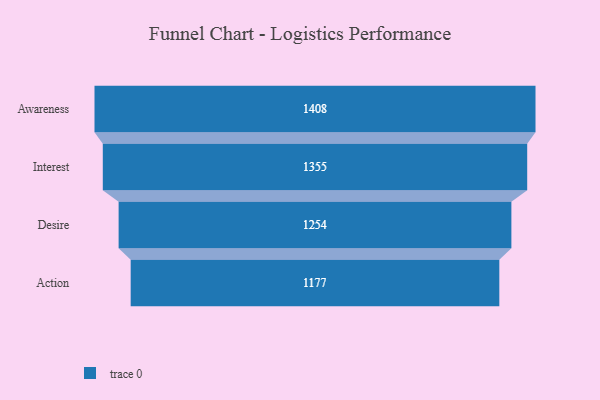
{"axis": {"x": "Stage", "y": "Value"}, "legend": [""], "data": [{"x": "Awareness", "y": 1408.0, "type": ""}, {"x": "Interest", "y": 1355.0, "type": ""}, {"x": "Desire", "y": 1254.0, "type": ""}, {"x": "Action", "y": 1177.0, "type": ""}]}